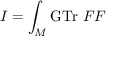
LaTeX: I = \int _ { M } \mathrm { G T r } \; { \cal F F }